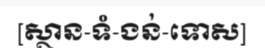
[ស្ថាន-ទំ-ងន់-ទោស]